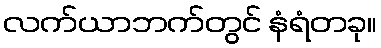
လက်ယာဘက်တွင် နံရံတခု။